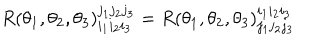
R ( \theta _ { 1 } , \theta _ { 2 } , \theta _ { 3 } ) _ { i _ { 1 } i _ { 2 } i _ { 3 } } ^ { j _ { 1 } j _ { 2 } j _ { 3 } } = R ( \theta _ { 1 } , \theta _ { 2 } , \theta _ { 3 } ) _ { j _ { 1 } j _ { 2 } j _ { 3 } } ^ { i _ { 1 } i _ { 2 } i _ { 3 } }